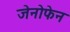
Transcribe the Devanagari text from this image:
जेनोफेन